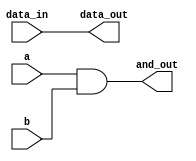
module simple_continuous_assignment (
    input wire a,        // First input
    input wire b,        // Second input
    input wire [3:0] data_in, // 4-bit input bus
    output wire and_out, // Output for AND operation
    output wire [3:0] data_out // Output bus
);

// Continuous assignment for logical AND of two inputs
assign and_out = a & b;

// Continuous assignment for bus assignment (copying data_in to data_out)
assign data_out = data_in;

endmodule